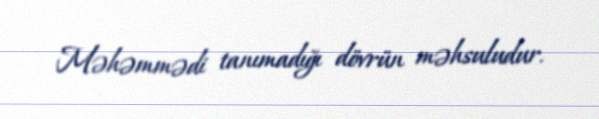
Məhəmmədi tanımadığı dövrün məhsuludur.